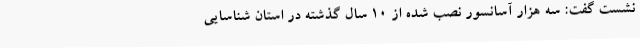
نشست گفت: سه هزار آسانسور نصب شده از 10 سال گذشته در استان شناسایی